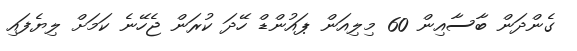
ގެންދަން ބާސާއިން 60 މިލިއަން ޕައުންޑް ހޭދަ ކުރަން ޖެހޭނެ ކަމަށް ލިޔެފައި